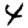
Digit: 4